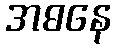
အဓနေ